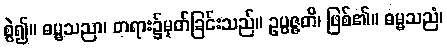
စွဲ၍။ ဓမ္မသညာ၊ တရား၌မှတ်ခြင်းသည်။ ဥပ္ပဇ္ဇတိ၊ ဖြစ်၏။ ဓမ္မသညံ၊